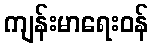
ကျန်းမာရေးဝန်